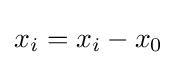
x_{i}=x_{i}-x_{0}